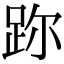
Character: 䟢